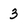
Character: 3